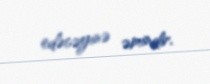
edəcəyinə əmindir.